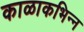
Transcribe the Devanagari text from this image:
काळाकभिन्न